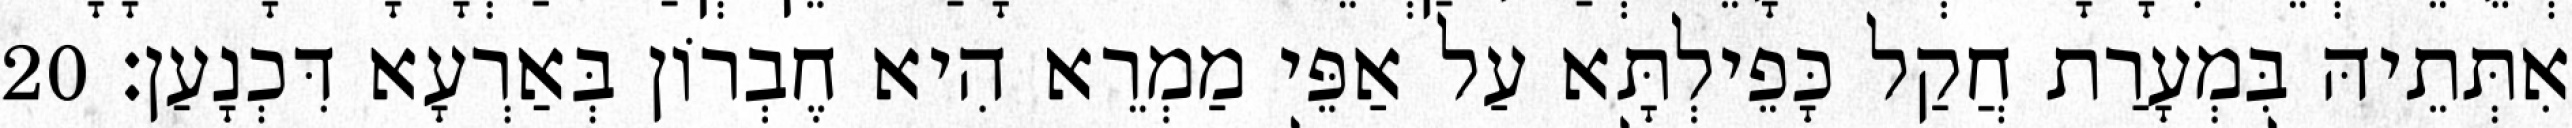
אִתְּתֵיהּ בִּמְעָרַת חֲקַל כָּפֵילְתָּא עַל אַפֵּי מַמְרֵא הִיא חֶבְרוֹן בְּאַרְעָא דִּכְנָעַן׃ 20